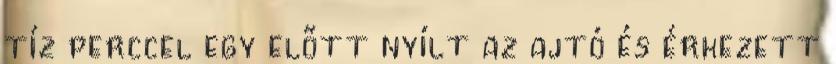
tíz perccel egy előtt nyílt az ajtó és érkezett